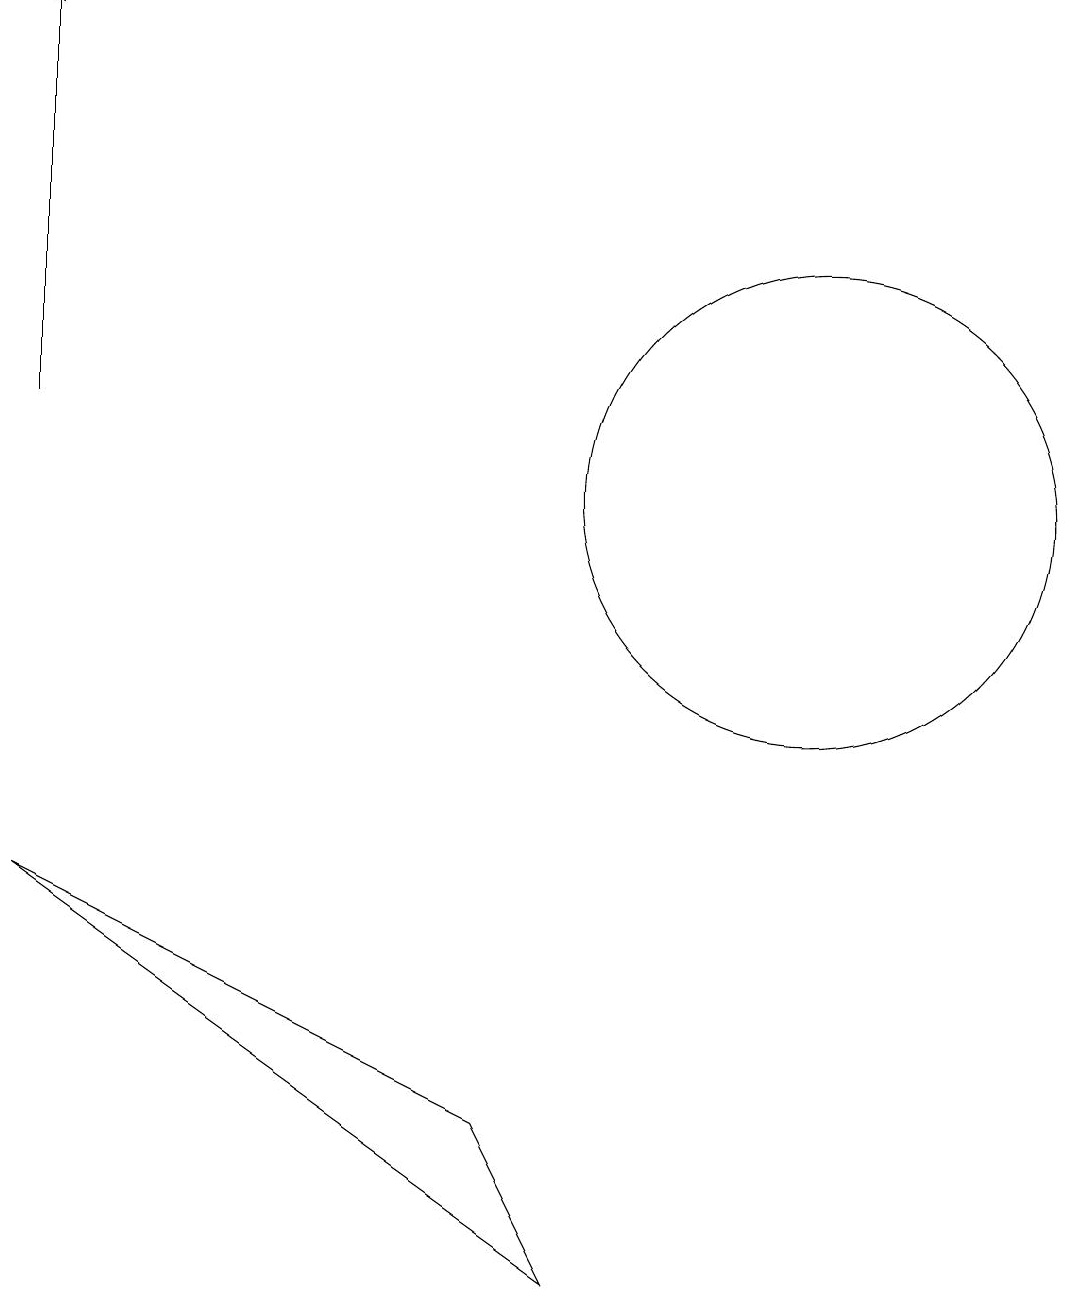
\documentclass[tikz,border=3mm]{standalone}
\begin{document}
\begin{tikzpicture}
\draw (0,7) -- (7,2) -- (6,4) -- cycle;
\draw[->] (0,13) -- (0,18);
\draw (10,12) circle (3);
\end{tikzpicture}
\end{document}